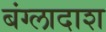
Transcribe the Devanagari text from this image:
बंग्लादाश